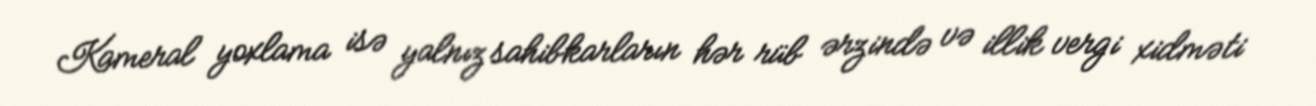
Kameral yoxlama isə yalnız sahibkarların hər rüb ərzində və illik vergi xidməti